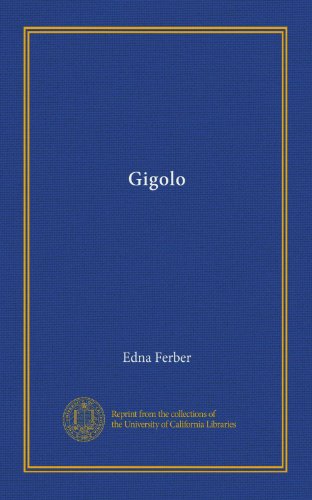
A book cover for Gigolo; Edna Ferber; Crafts, Hobbies & Home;